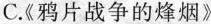
C.《鸦片战争的烽烟》